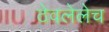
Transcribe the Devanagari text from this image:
ठेवलेलेच